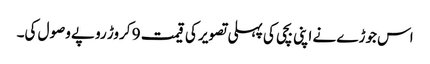
اس جوڑے نے اپنی بچی کی پہلی تصویر کی قیمت 9 کروڑ روپے وصول کی۔